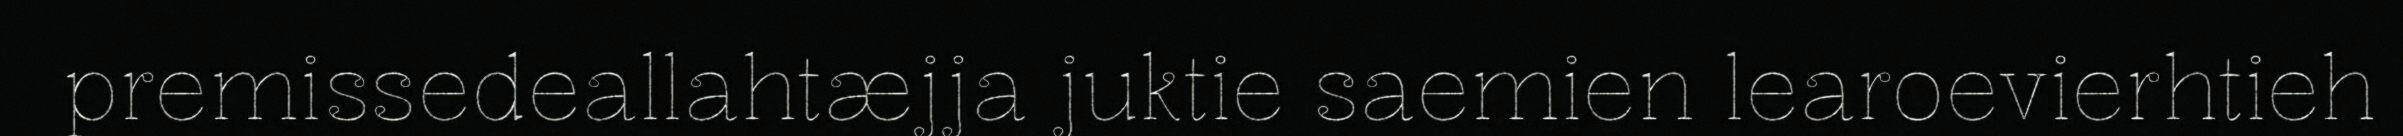
premissedeallahtæjja juktie saemien learoevierhtieh